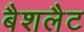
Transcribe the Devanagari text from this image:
बैशलैट